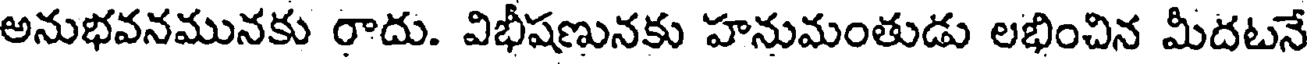
అనుభవనమునకు రాదు. విభీషణునకు హనుమంతుడు లభించిన మీదటనే